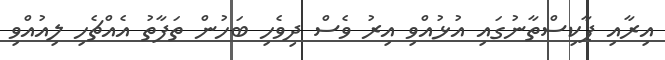
އިރާއި ޕާކިސްތާނުގައި އުޅުއްވި އިރު ވެސް ދިވެހި ބަހުން ތަފާތު އެއްޗެހި ލިއުއްވި